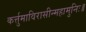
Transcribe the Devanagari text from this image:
कर्त्तुमाविरासीन्महामुनिः॥